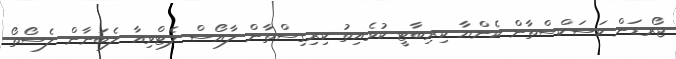
ޖޯރޑަން ކަސަކްސްތާން ކެންޔާ ކިރިބާޓީ ކުވެއިތު ކިރިގިސްތާން ލާއޯސް ލެޓްވިއާ ލެބަނާން ލެސޯތޯ